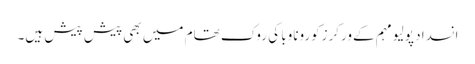
انسداد پولیو مہم کےورکرزکوروناوبا کی روک تھام میں بھی پیش پیش ہیں۔